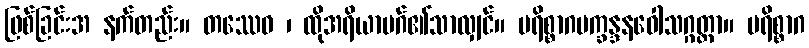
ဖြစ်ခြင်းအ နက်တည်း။ တဿေဝ ၊ ထိုအရိယာမဂ်၏သာလျှင်။ ပရိစ္စာဂပက္ခန္ဒနဝေါသဂ္ဂတ္တာ။ ပရိစ္စာဂ